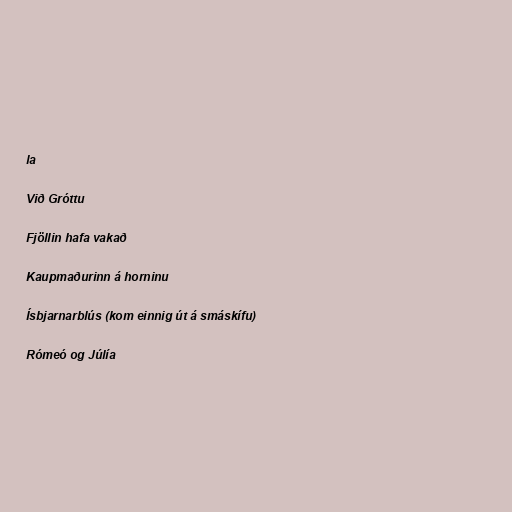
la

Við Gróttu

Fjöllin hafa vakað

Kaupmaðurinn á horninu

Ísbjarnarblús (kom einnig út á smáskífu)

Rómeó og Júlía